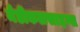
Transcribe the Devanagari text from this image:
मेडीकलसाइन्स